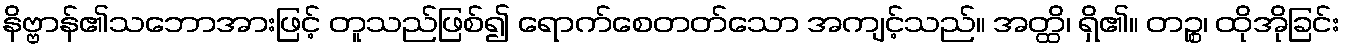
နိဗ္ဗာန်၏သဘောအားဖြင့် တူသည်ဖြစ်၍ ရောက်စေတတ်သော အကျင့်သည်။ အတ္ထိ၊ ရှိ၏။ တဉ္စ၊ ထိုအိုခြင်း